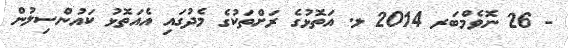
- 26 ނޮވެމްބަރ 2014 ލ. އަތޮޅުގެ ރަށްތަކުގެ މެދުގައި އެއަތޮޅު ކައުންސިލުން